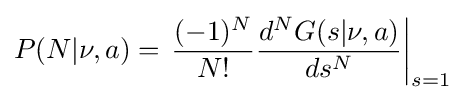
P(N|\nu ,a)=\left.{\frac {(-1)^{N}}{N!}}{\frac {d^{N}G(s|\nu ,a)}{ds^{N}}}\right|_{s=1}